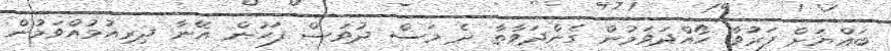
ބައްޔަށް ފަރުވާ ހޯއްދަވަމުން ގެންދަވާތާ ދެ މަސް ދުވަސް ފަހުން އޭނާ ދިރިއުޅުއްވަމުން